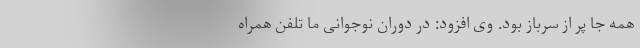
همه جا پر از سرباز بود. وی افزود: در دوران نوجوانی ما تلفن همراه